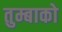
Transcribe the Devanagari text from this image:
तुम्बाको